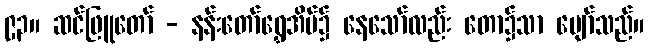
၉၃။ ဆင်ဖြူတော် - နန်းတော်ရွှေအိမ်၌ နေသော်လည်း တော၌သာ ပျော်သည်။